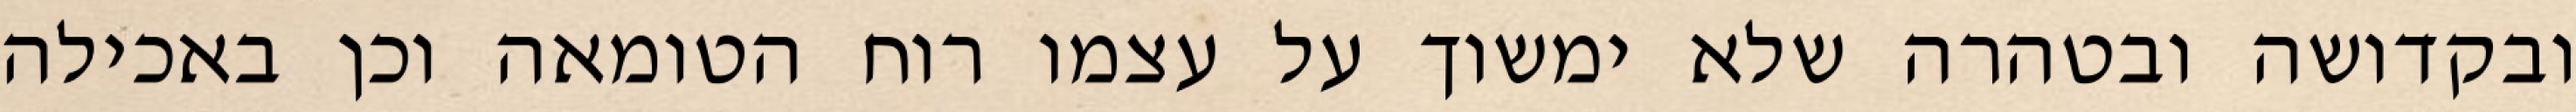
ובקדושה ובטהרה שלא ימשוך על עצמו רוח הטומאה וכן באכילה